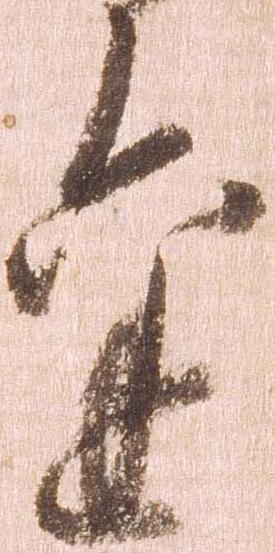
金